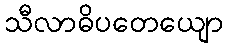
သီလာဓိပတေယျော